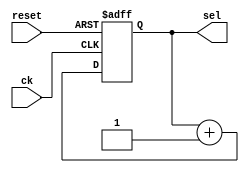
`timescale 1ns / 1ps

module cnt_8(
    input ck, reset,
    output reg [2:0] sel
    );
    reg [2:0] cnt_next;
    
    // rete combinatoria che aumenta il count next di 1
    always @(sel) begin
        cnt_next = sel + 1;
    end
    
    // aggiornamento valore all'edge di clock o di reset
    always @(posedge ck, posedge reset) begin
        if (reset) sel <= 0;
        else if (ck) sel <= cnt_next;
    end   
    
endmodule


module mux_4(
    input [3:0] seg0, seg1, seg2, seg3, seg4, seg5, seg6, seg7,
    input [2:0] sel,
    output reg [3:0] in_seg
    );
    
    always @(seg0, seg1, seg2, seg3, seg4, seg5, seg6, seg7, sel) begin
        case (sel)
            4'h0: in_seg = seg0;
            4'h1: in_seg = seg1;
            4'h2: in_seg = seg2;
            4'h3: in_seg = seg3;
            4'h4: in_seg = seg4;
            4'h5: in_seg = seg5;
            4'h6: in_seg = seg6;
            4'h7: in_seg = seg7;
            default: in_seg = 8'h0;
        endcase 
    end
    
endmodule

module dec3_8(
    input [2:0] sel,
    output reg an0, an1, an2, an3, an4, an5, an6, an7
    );
    
    always @(sel) begin
        case (sel)
         3'h0: {an0, an1, an2, an3, an4, an5, an6, an7} = ~8'b10000000;
         3'h1: {an0, an1, an2, an3, an4, an5, an6, an7} = ~8'b01000000;
         3'h2: {an0, an1, an2, an3, an4, an5, an6, an7} = ~8'b00100000;
         3'h3: {an0, an1, an2, an3, an4, an5, an6, an7} = ~8'b00010000;
         3'h4: {an0, an1, an2, an3, an4, an5, an6, an7} = ~8'b00001000;
         3'h5: {an0, an1, an2, an3, an4, an5, an6, an7} = ~8'b00000100;
         3'h6: {an0, an1, an2, an3, an4, an5, an6, an7} = ~8'b00000010;
         3'h7: {an0, an1, an2, an3, an4, an5, an6, an7} = ~8'b00000001;
         default: {an0, an1, an2, an3, an4, an5, an6, an7} = ~8'b00000000;
        endcase
    end
    
endmodule

module seven_segments(
    input [3:0] in_seg,
    output reg CA, CB, CC, CD, CE, CF, CG
    );
    
    always @(in_seg) begin
        case (in_seg)
            4'h0: {CA, CB, CC, CD, CE, CF, CG} = 7'b0000001;
            4'h1: {CA, CB, CC, CD, CE, CF, CG} = 7'b1001111;
            4'h2: {CA, CB, CC, CD, CE, CF, CG} = 7'b0010010;
            4'h3: {CA, CB, CC, CD, CE, CF, CG} = 7'b0000110;
            4'h4: {CA, CB, CC, CD, CE, CF, CG} = 7'b1001100;
            4'h5: {CA, CB, CC, CD, CE, CF, CG} = 7'b0100100;
            4'h6: {CA, CB, CC, CD, CE, CF, CG} = 7'b0100000;
            4'h7: {CA, CB, CC, CD, CE, CF, CG} = 7'b0001111;
            4'h8: {CA, CB, CC, CD, CE, CF, CG} = 7'b0000000;
            4'h9: {CA, CB, CC, CD, CE, CF, CG} = 7'b0000100;
            4'hA: {CA, CB, CC, CD, CE, CF, CG} = 7'b0001000;
            4'hB: {CA, CB, CC, CD, CE, CF, CG} = 7'b1100000;
            4'hC: {CA, CB, CC, CD, CE, CF, CG} = 7'b0110001;
            4'hD: {CA, CB, CC, CD, CE, CF, CG} = 7'b1000010;
            4'hE: {CA, CB, CC, CD, CE, CF, CG} = 7'b0110000;
            4'hF: {CA, CB, CC, CD, CE, CF, CG} = 7'b0111000;
            default: {CA, CB, CC, CD, CE, CF, CG} = 7'b1111111;
        endcase
    end

endmodule

module genen(
    input ck, reset,
    output en
    );
    
    reg [26:0] cnt, cnt_next;
    parameter [26:0] max_cnt = 27'd99_999;
    
    always @(cnt) begin
        if (cnt == max_cnt) cnt_next = 0;
        else cnt_next = cnt + 1;
    end
    
    always @(posedge ck, posedge reset) begin
        if (reset) cnt <= 0;
        else if (ck) cnt <= cnt_next;
    end
    
    assign en = (cnt == max_cnt) ? 1 : 0;
    
endmodule

module eight_display(
    input ck, reset,
    input [3:0] seg0, seg1, seg2, seg3, seg4, seg5, seg6, seg7,
    output CA, CB, CC, CD, CE, CF, CG,
    output AN0, AN1, AN2, AN3, AN4, AN5, AN6, AN7
    );
    wire en;
    wire [3:0] in_seg;
    wire [2:0] sel;
    
    // ricorda che il tasto reset sulla scheda  1 a riposo e 0 quando premuto, per questo
    // lo passo negato ai moduli
    genen u0(ck, ~reset, en);
    cnt_8 u1(en, ~reset, sel);
    mux_4 u2(seg0, seg1, seg2, seg3, seg4, seg5, seg6, seg7, sel, in_seg);
    dec3_8 u3(sel, AN0, AN1, AN2, AN3, AN4, AN5, AN6, AN7);
    seven_segments u4(in_seg, CA, CB, CC, CD, CE, CF, CG);
    
endmodule

module cnt(
    input ck, en, clr,
    output hit
    );
    parameter [1:0] MAX_COUNT = 2'h3;
    reg [1:0] count, count_next;
    always @(posedge ck) begin
        count <= count_next; 
    end
    
    always @(count, en, clr) begin
        if (clr) count_next = 0;
        else if (en) begin
            if (count == MAX_COUNT) count_next = 0;
            else count_next = count + 1;
        end
        else count_next = count;
    end
    
    assign hit = count == MAX_COUNT ? 1 : 0;
endmodule

module cnt7(
    input ck, en7, clr,
    output hit7
    );
    parameter [2:0] MAX_COUNT = 3'h7;
    reg [2:0] count, count_next;
    always @(posedge ck) begin
        count <= count_next; 
    end
    
    always @(count, en7, clr) begin
        if (clr) count_next = 0;
        else if (en7) begin
            if (count == MAX_COUNT) count_next = 0;
            else count_next = count + 1;
        end
        else count_next = count;
    end
    
    assign hit7 = count == MAX_COUNT ? 1 : 0;
endmodule

module cnt15(
    input ck, en15, clr,
    output hit15
    );
    parameter [3:0] MAX_COUNT = 4'd15;
    reg [3:0] count, count_next;
    always @(posedge ck) begin
        count <= count_next; 
    end
    
    always @(count, en15, clr) begin
        if (clr) count_next = 0;
        else if (en15) begin
            if (count == MAX_COUNT) count_next = 0;
            else count_next = count + 1;
        end
        else count_next = count;
    end
    
    assign hit15 = count == MAX_COUNT ? 1 : 0;
endmodule

module instr(
    input ck, load_instr, sh_instr,
    input [7:0] reg_name,
    output mosi
    );
    reg [15:0] instr_buffer, instr_buffer_next;
    
    always @(posedge ck) begin
        instr_buffer <= instr_buffer_next;
    end
    
    always @(instr_buffer, load_instr, sh_instr, reg_name) begin
        if (load_instr) instr_buffer_next = {8'h0b, reg_name};
        else if (sh_instr) instr_buffer_next = {instr_buffer[14:0], 1'bx};
        else instr_buffer_next = instr_buffer;
    end
    
    assign mosi = instr_buffer[15];
    
endmodule

module data(
    input ck, sh_data, miso,
    output reg [7:0] data_out
    );
    reg [7:0] data_out_next;
    always @(posedge ck) begin
        data_out <= data_out_next;
    end
    
    always @(data_out, sh_data, miso) begin
        if (sh_data) data_out_next = {data_out[6:0], miso};
        else data_out_next = data_out;
    end
        
endmodule

module control_readreg(
    input ck, start, hit, hit7, hit15,
    output ready, sclk, nCS, load_instr, sh_instr, sh_data, clr, en, clr7, en7, clr15, en15
    );
    parameter [3:0] 
        IDLE = 0, 
        WAIT_CSS = 1, 
        LAST_CSS = 2,
        SCLK0 = 3,
        LAST0 = 4,
        SCLK1 = 5,
        LAST1 = 6,
        READ0 = 7,
        LASTR0 = 8,
        READ1 = 9,
        LASTR1 = 10,
        OK = 11,
        WAIT_CS1 = 12;
    reg [3:0] state, state_next;
    reg [11:0] uscita;
    // state transition
    always @(posedge ck) begin
        state <= state_next;
    end
    
    // calc next state
    always @(state, start, hit, hit7, hit15) begin
        case (state)
            IDLE: begin
                casex ({start, hit, hit7, hit15})
                    4'b1xxx: state_next = WAIT_CSS;
                    default: state_next = IDLE;
                endcase
            end
            WAIT_CSS: begin
                casex ({start, hit, hit7, hit15})
                    4'bx1xx: state_next = LAST_CSS;
                    default: state_next = WAIT_CSS;
                endcase
            end
            LAST_CSS: begin
                state_next = SCLK0;
            end
            SCLK0: begin
                casex ({start, hit, hit7, hit15})
                    4'bx1xx: state_next = LAST0;
                    default: state_next = SCLK0;
                endcase
            end
            LAST0: begin
                state_next = SCLK1;
            end
            SCLK1: begin
                casex ({start, hit, hit7, hit15})
                    4'bx1xx: state_next = LAST1;
                    default: state_next = SCLK1;
                endcase
            end
            LAST1: begin
                casex ({start, hit, hit7, hit15})
                    4'bxxx1: state_next = READ0; // finished sending bits
                    default: state_next = SCLK0; // send next bit
                endcase
            end
            READ0: begin
                casex ({start, hit, hit7, hit15})
                    4'bx1xx: state_next = LASTR0;
                    default: state_next = READ0;
                endcase
            end
            LASTR0: begin
                state_next = READ1;
            end
            READ1: begin
                casex ({start, hit, hit7, hit15})
                    4'bx1xx: state_next = LASTR1;
                    default: state_next = READ1;
                endcase
            end
            LASTR1: begin
                casex ({start, hit, hit7, hit15})
                    4'bxx1x: state_next = OK; // finished interaction
                    default state_next = READ0; // read next bit
                endcase
            end
            OK: begin
                state_next = WAIT_CS1;
            end
            WAIT_CS1: begin
                state_next = IDLE;
            end
            default: begin
                state_next = IDLE;
            end
        endcase
    end
    
    // output logic
    always @(state) begin
        case (state)
            IDLE:       uscita = 12'b001_100_1x_xx_xx;
            WAIT_CSS:   uscita = 12'b000_000_01_xx_xx;
            LAST_CSS:   uscita = 12'b000_000_1x_xx_1x;
            SCLK0:      uscita = 12'b000_000_01_xx_00;
            LAST0:      uscita = 12'b000_000_1x_xx_00;
            SCLK1:      uscita = 12'b010_000_01_xx_00;
            LAST1:      uscita = 12'b010_010_1x_1x_01;
            READ0:      uscita = 12'b000_000_01_00_xx;
            LASTR0:     uscita = 12'b000_001_1x_00_xx;
            READ1:      uscita = 12'b010_000_01_00_xx;
            LASTR1:     uscita = 12'b010_000_1x_01_xx;
            OK:         uscita = 12'b100_000_xx_xx_xx;
            WAIT_CS1:   uscita = 12'b000_000_xx_xx_xx;
            default:    uscita = 12'b000_000_xx_xx_xx;
        endcase
    end
    
    assign {ready, sclk, nCS, load_instr, sh_instr, sh_data, clr, en, clr7, en7, clr15, en15} = uscita;
    
endmodule

module read_reg(
    input ck, start, miso,
    input [7:0] reg_name,
    output [7:0] data_out,
    output ready, nCS, sclk, mosi
    );
    
    wire load_instr, sh_instr, sh_data, clr, en, hit, clr7, en7, hit7, clr15, en15, hit15;
    
    control_readreg u0(ck, start, hit, hit7, hit15, ready, sclk, nCS, load_instr, sh_instr, sh_data, clr, en, clr7, en7, clr15, en15);
    instr u1(ck, load_instr, sh_instr, reg_name, mosi);
    data u2(ck, sh_data, miso, data_out);
    cnt u3(ck, en, clr, hit);
    cnt7 u4(ck, en7, clr7, hit7);
    cnt15 u5(ck, en15, clr15, hit15);
    
endmodule

module control(
    input ck, read, ready,
    output start, ld0, ld1, ld2, ld3,
    output [7:0] reg_name
    );
    
    parameter [3:0]
        WAIT = 0,
        R0 = 1,
        W0 = 2,
        R1 = 3,
        W1 = 4,
        R2 = 5,
        W2 = 6,
        R3 = 7,
        W3 = 8;
    reg [3:0] state, state_next;
    
    parameter [7:0] 
        REG0 = 8'h8,
        REG1 = 8'h9,
        REG2 = 8'ha,
        REG3 = 8'h0;
    reg [12:0] outputs;
    
    // state transition
    always @(posedge ck) begin
        state <= state_next;
    end
    
    // next state logic
    always @(state, read, ready) begin
        case (state)
            WAIT: begin
                if (read) state_next = R0;
                else state_next = WAIT;
            end
            R0: begin
                if (ready) state_next = W0;
                else state_next = R0;
            end
            W0: state_next = R1;
            R1: begin
                if (ready) state_next = W1;
                else state_next = R1;
            end
            W1: state_next = R2;
            R2: begin
                if (ready) state_next = W2;
                else state_next = R2;
            end
            W2: state_next = R3;
            R3: begin
                if (ready) state_next = W3;
                else state_next = R3;
            end
            W3: state_next = WAIT;
            default: state_next = WAIT;
        endcase
    end
    
    // output logic
    always @(state) begin
        case (state)
            WAIT: outputs = {8'bxxxxxxxx, 5'b00000};
            R0: outputs =   {REG0, 5'b10000};
            W0: outputs =   {8'bxxxxxxxx, 5'b01000};
            R1: outputs =   {REG1, 5'b10000};
            W1: outputs =   {8'bxxxxxxxx, 5'b00100};
            R2: outputs =   {REG2, 5'b10000};
            W2: outputs =   {8'bxxxxxxxx, 5'b00010};
            R3: outputs =   {REG3, 5'b10000};
            W3: outputs =   {8'bxxxxxxxx, 5'b00001};
            default: outputs = 13'h0;
        endcase
    end
    
    assign {reg_name, start, ld0, ld1, ld2, ld3} = outputs;    
    
endmodule

module reg_display(
    input ck,
    input [7:0] data_in, 
    input load,
    output [3:0] seg1, seg0
    );
    
    reg [7:0] segments_out, segments_out_next;
    
    // segments transition
    always @(posedge ck) begin
        segments_out <= segments_out_next;
    end
    
    // next segments computing
    always @(segments_out, load, data_in) begin
        if (load) segments_out_next = data_in;
        else segments_out_next = segments_out;
    end
    
    // output logic
    assign {seg1, seg0} = segments_out;
endmodule

module gensec(
    input ck,
    output enable
    );
    
    parameter [26:0] COUNT_MAX = 27'd100000000;
    reg [26:0] count, count_next;
    
    // state transition
    always @(posedge ck) begin
        count <= count_next;
    end
    
    // next count logic
    always @(count) begin
        if (count == COUNT_MAX) count_next = 0;
        else count_next = count + 1;
    end
    
    // output logic
    assign enable = count == COUNT_MAX ? 1 : 0;
    
endmodule

module top(
    input ck, reset, miso,
    output nCS, sclk, mosi, an0, an1, an2, an3, an4, an5, an6, an7, ca, cb, cc, cd, ce, cf, cg
    );
    wire start, ready, ld0, ld1, ld2, ld3, read;
    wire [3:0] seg0, seg1, seg2, seg3, seg4, seg5, seg6, seg7;
    wire [7:0] reg_name, data_out;
    
    gensec gen_read(ck, read);
    control controllo(ck, read, ready, start, ld0, ld1, ld2, ld3, reg_name);
    read_reg read_reg(ck, start, miso, reg_name, data_out, ready, nCS, sclk, mosi);
    reg_display reg0(ck, data_out, ld0, seg1, seg0);
    reg_display reg1(ck, data_out, ld1, seg3, seg2);
    reg_display reg2(ck, data_out, ld2, seg5, seg4);
    reg_display reg3(ck, data_out, ld3, seg7, seg6);
    eight_display display(ck, reset, seg0, seg1, seg2, seg3, seg4, seg5, seg6, seg7, ca, cb, cc, cd, ce, cf, cg, an0, an1, an2, an3, an4, an5, an6, an7);
endmodule